Jaan_Tonisson_(Lasteleht), lk 153
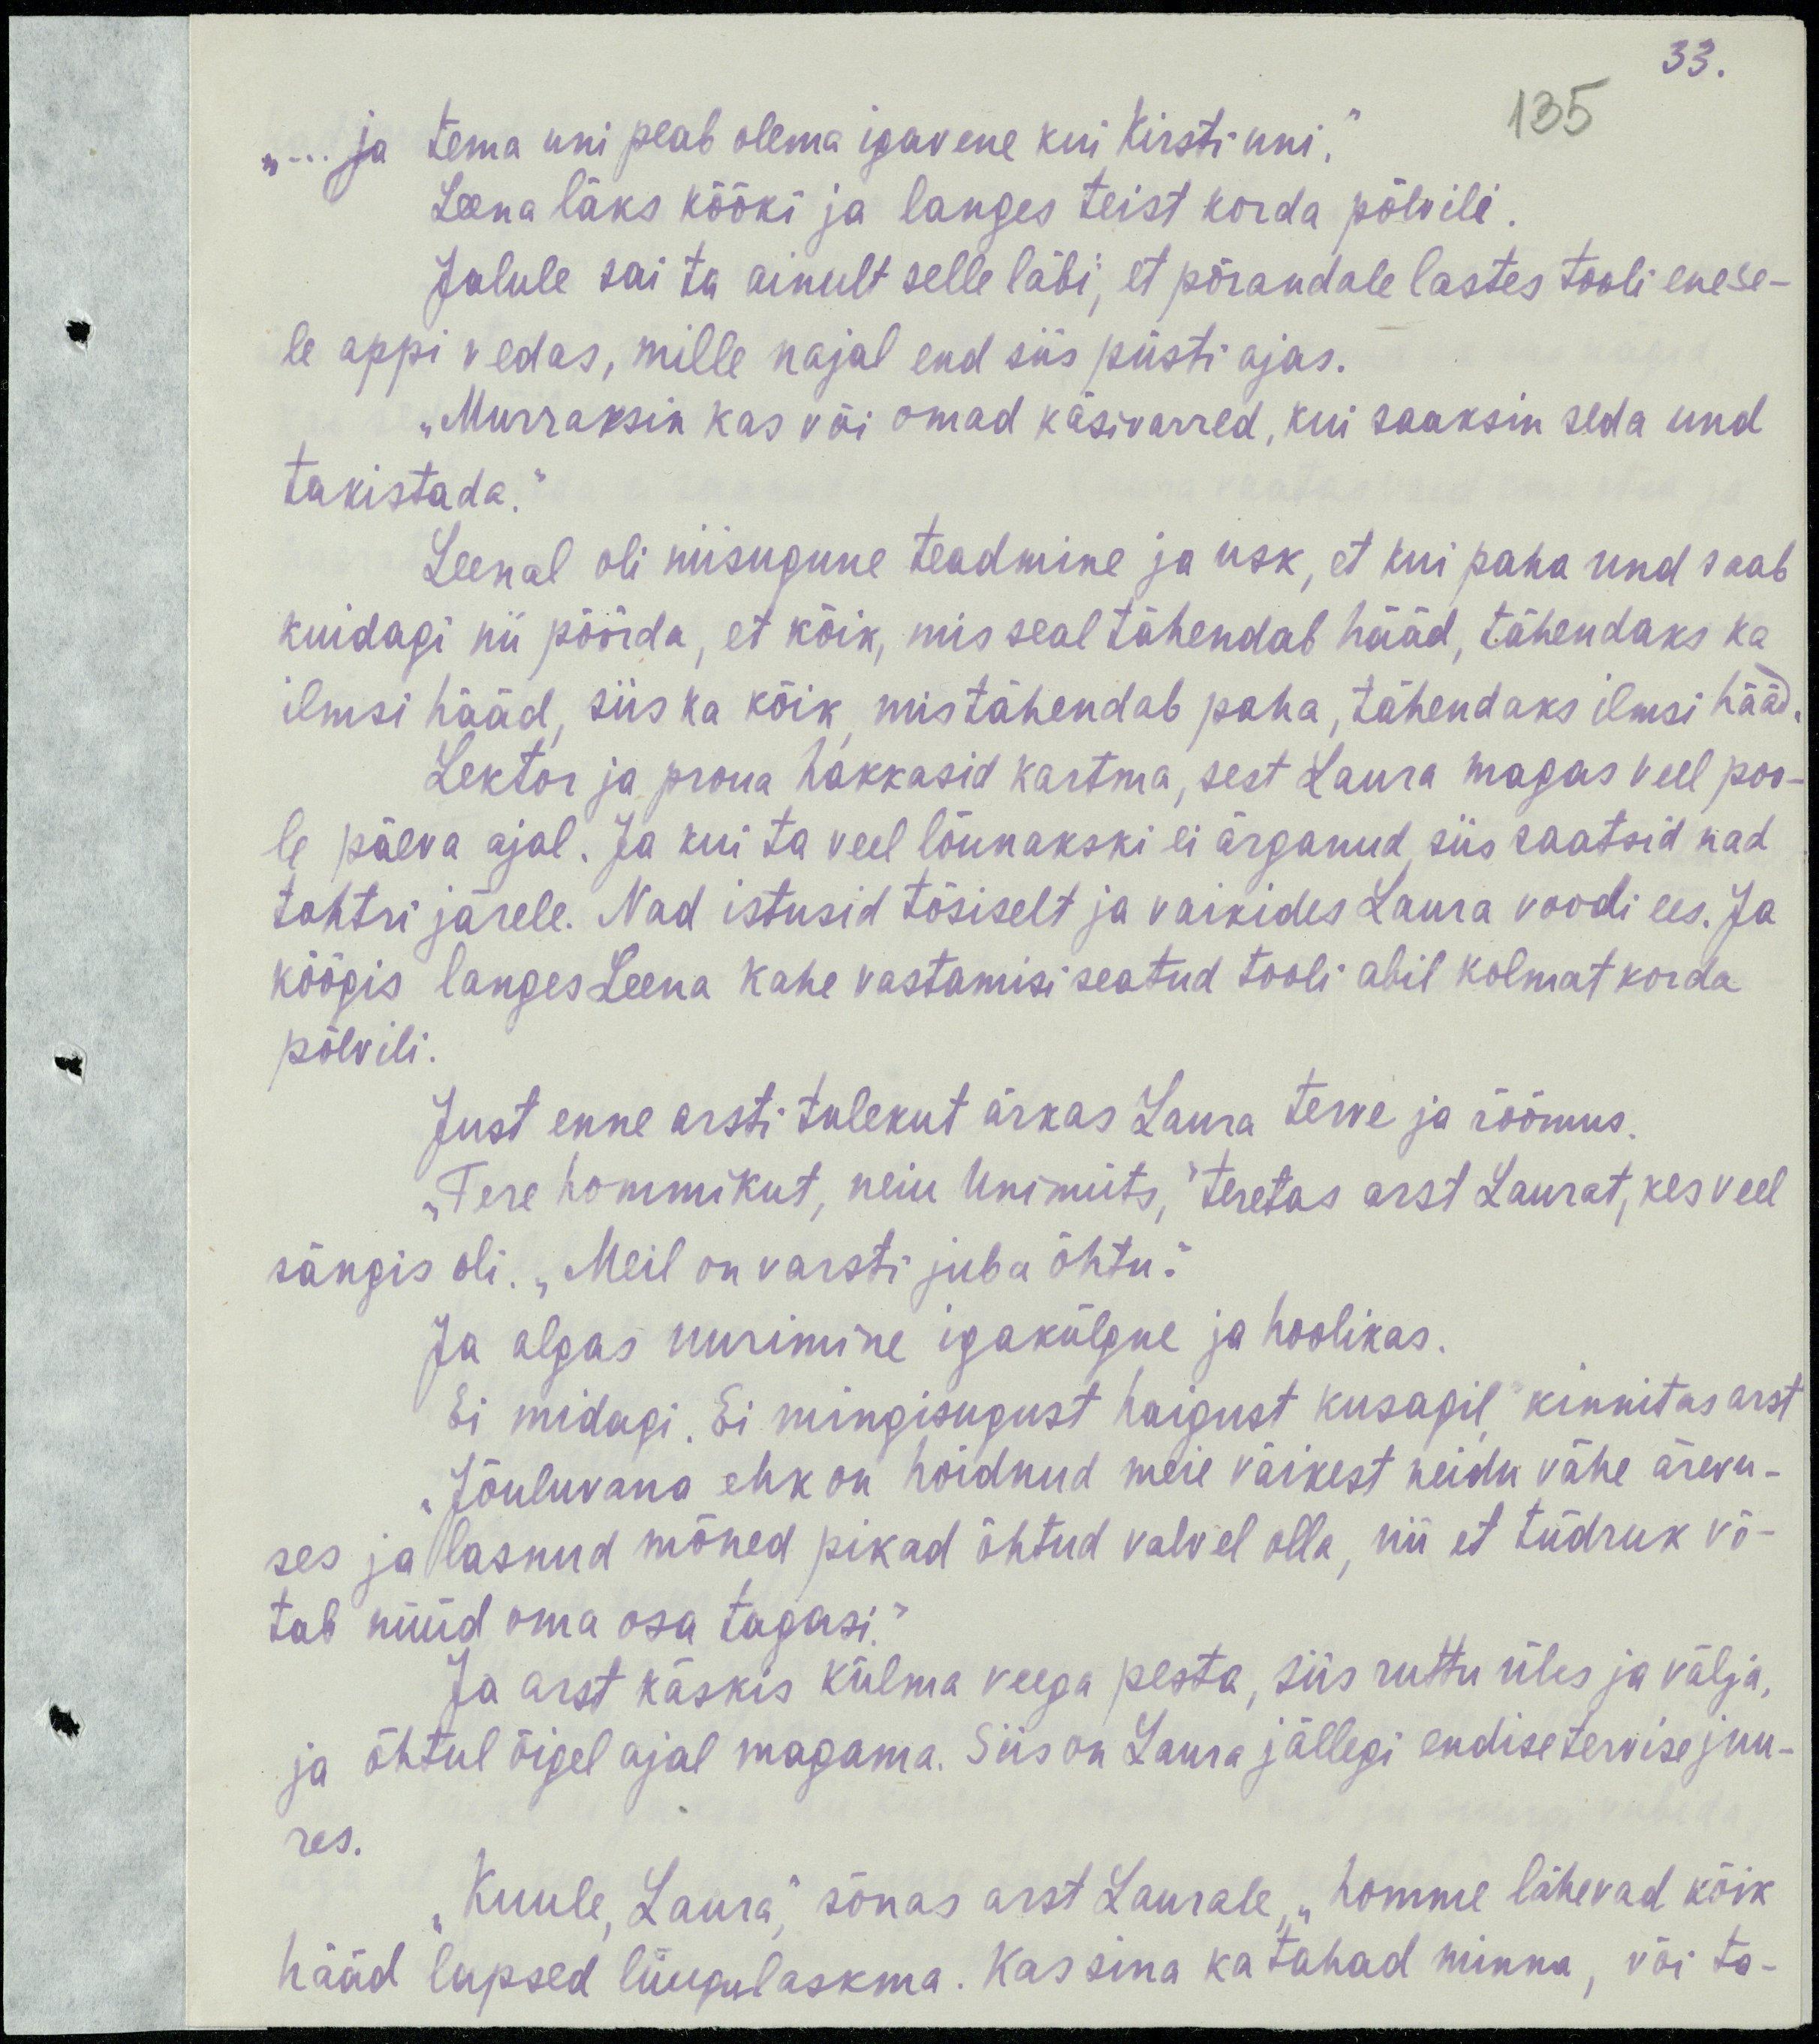
33.
135
„...ja tema uni peab olema igavene kui Kirsti uni.“
Leena läks kööki ja langes teist korda põlvili.
Jalule sai ta ainult selle läbi, et põrandale lastes tooli enese-
le appi vedas, mille najal end siis püsti ajas.
„Murrraksin kas või omad käsivarred, kui saaksin seda und
takistada.“
Leenal oli niisugune teadmine ja usk, et kui paha und saab
kuidagi nii pöörda, et kõik, mis seal tähendab hääd, tähendaks ka
ilmsi hääd, siis ka kõik, mis tähendab paha, tähendaks ilmsi hääd.
Lektor ja proua hakkasid kartma, sest Laura magas veel poo-
le päeva ajal. Ja kui ta veel lõunakski ei ärganud, siis saatsid nad
tohtri järele. Nad istusid tõsiselt ja vaikides Laura voodi ees. Ja
köögis langes Leena kahe vastamisi seatud tooli abil kolmandat korda
põlvili.
Just enne arsti tulekut ärkas Laura terve ja rõõmus.
„Tere hommikut, neiu Unimüts,“ teretas arst Laurat, kes veel
sängis oli. „Meil on varsti juba õhtu.“
Ja algas uurimine igakülgne ja hoolikas.
Ei midagi. Ei mingisugust haigust kusagil, kinnitas arst
„Jõuluvana ehk on hoidnud meie väikest neidu vähe ärevu-
ses ja lasnud mõned pikad õhtud valvel olla, nii et tüdruk võ-
tab nüüd oma osa tagasi.“
Ja arst käskis külma veega pesta, siis ruttu üles ja välja,
ja õhtul õigel ajal magama. Siis on Laura jällegi endise tervise juu-
res.
„Kuule, Laura,“ sõnas arst Laurale, „homme lähevad kõik
hääd lapsed liiugulaskma. Kas sina ka tahad minna, või ta-